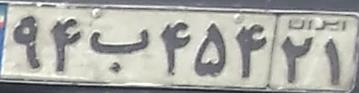
۹۴ب۴۵۴۲۱